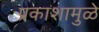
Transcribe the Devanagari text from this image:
प्रकाशामुळे